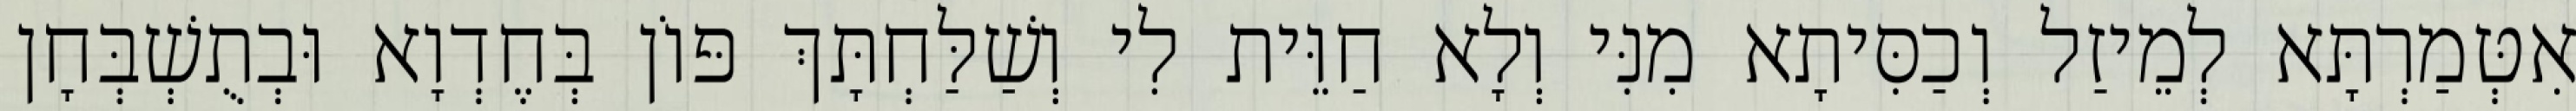
אִטְּמַרְתָּא לְמֵיזַל וְכַסִּיתָא מִנִּי וְלָא חַוֵּית לִי וְשַׁלַּחְתָּךְ פּוֹן בְּחֶדְוָא וּבְתֻשְׁבְּחָן